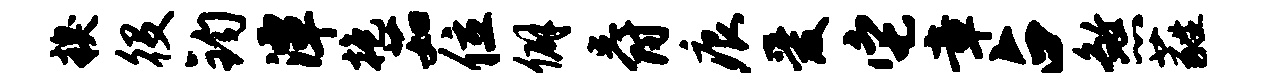
糗役钧潭抱茹位僻爵痕爱它章占煞蕤